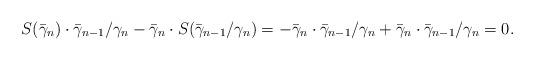
LaTeX: \begin{align*}S(\bar{\gamma}_n)\cdot\bar{\gamma}_{n-1}/\gamma_n-\bar{\gamma}_n\cdot S(\bar{\gamma}_{n-1}/\gamma_n)=-\bar{\gamma}_n\cdot\bar{\gamma}_{n-1}/\gamma_n+\bar{\gamma}_n\cdot\bar{\gamma}_{n-1}/\gamma_n=0.\end{align*}